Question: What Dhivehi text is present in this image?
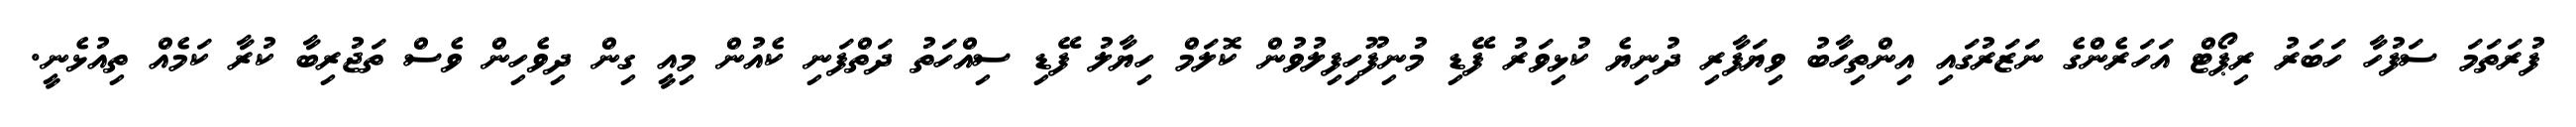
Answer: ފުރަތަމަ ސަފުހާ ހަބަރު ރިޕޯޓް އަހަރެންގެ ނަޒަރުގައި އިންތިހާބު ވިޔަފާރި ދުނިޔެ ކުޅިވަރު ފޭޑި މުނިފޫހިފިލުވުން ކޮލަމް ހިޔާލު ފޭޑި ސިއްހަތު ދަތްފަނި ކެއުން މިއީ ގިން ދިވެހިން ވެސް ތަޖުރިބާ ކުރާ ކަމެއް ތިއުޅެނީ.